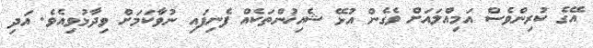
އޭގެ ކުރިންވެސް އަމިއްލައަށް ވެގެން އުޅޭ ޝެއިޚުންތަކެއް ފެނިފައި ނުވާކަމަށް ވިދާޅުވިއެވެ. އަދި